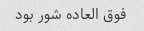
فوق العاده شور بود